Leucocytozoon canis - Number 26
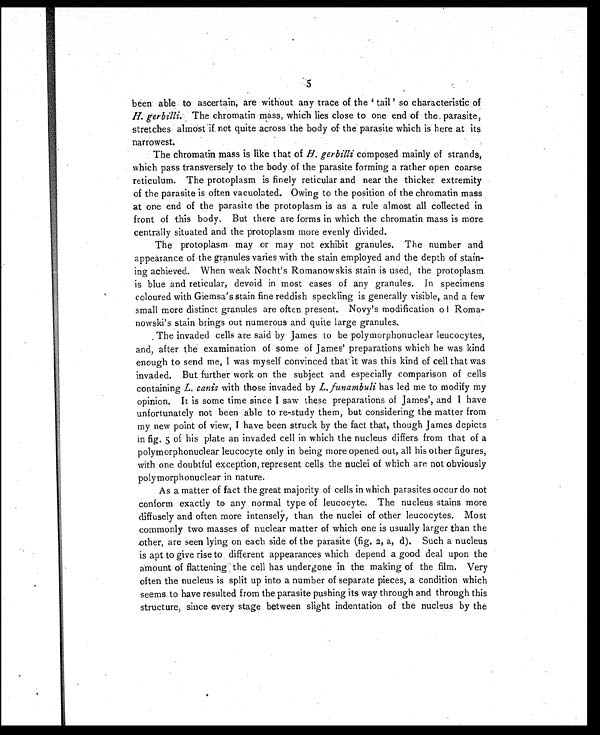
5
been able to ascertain, are without any trace of the 'tail' so characteristic of
H. gerbilli. The chromatin mass, which lies close to one end of the parasite,
stretches almost if not quite across the body of the parasite which is here at its
narrowest.
The chromatin mass is like that of H. gerbilli composed mainly of strands,
which pass transversely to the body of the parasite forming a rather open coarse
reticulum. The protoplasm is finely reticular and near the thicker extremity
of the parasite is often vacuolated. Owing to the position of the chromatin mass
at one end of the parasite the protoplasm is as a rule almost all collected in
front of this body. But there are forms in which the chromatin mass is more
centrally situated and the protoplasm more evenly divided.
The protoplasm may or may not exhibit granules. The number and
appearance of the granules varies with the stain employed and the depth of stain-
ing achieved. When weak Nocht's Romanow skis stain is used, the protoplasm
is blue and reticular, devoid in most cases of any granules. In specimens
coloured with Giemsa's stain fine reddish speckling is generally visible, and a few
small more distinct granules are often present. Novy's modification of Roma-
nowski's stain brings out numerous and quite large granules.
The invaded cells are said by James to be polymorphonuclear leucocytes,
and, after the examination of some of James' preparations which he was kind
enough to send me, I was myself convinced that it was this kind of cell that was
invaded. But further work on the subject and especially comparison of cells
containing L. canis with those invaded by L. funambuli has led me to modify my
opinion. It is some time since I saw these preparations of James', and I have
unfortunately not been able to re-study them, but considering the matter from
my new point of view, I have been struck by the fact that, though James depicts
in fig. 5 of his plate an invaded cell in which the nucleus differs from that of a
polymorphonuclear leucocyte only in being more opened out, all his other figures,
with one doubtful exception, represent cells the nuclei of which are not obviously
polymorphonuclear in nature.
As a matter of fact the great majority of cells in which parasites occur do not
conform exactly to any normal type of leucocyte. The nucleus stains more
diffusely and often more intensely, than the nuclei of other leucocytes. Most
commonly two masses of nuclear matter of which one is usually larger than the
other, are seen lying on each side of the parasite (fig. 2, a, d). Such a nucleus
is apt to give rise to different appearances which depend a good deal upon the
amount of flattening the cell has undergone in the making of the film. Very
often the nucleus is split up into a number of separate pieces, a condition which
seems to have resulted from the parasite pushing its way through and through this
structure, since every stage between slight indentation of the nucleus by the